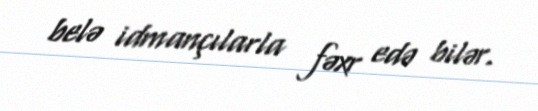
belə idmançılarla fəxr edə bilər.